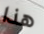
هذا